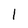
Character: I